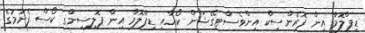
ޑިޕްލޮމާ އިން ފޮރެންސިކް އިންވެސްޓިގޭޝަން ކޯހާއި ޑިޕްލޮމާ އިން ޕޮލިސިންގ ކޯސް ފެށުމުގެ